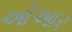
ઓઆર